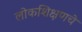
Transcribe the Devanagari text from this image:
लोकशिक्षणचे